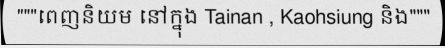
"""ពេញនិយម នៅក្នុង Tainan , Kaohsiung និង"""